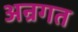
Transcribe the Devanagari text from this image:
अन्रगत